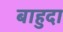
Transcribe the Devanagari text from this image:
बाहुदा